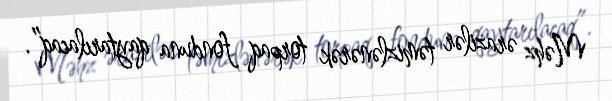
Məhz ərazilər təmizlənərək torpaq fonduna qaytarılacaq”.